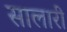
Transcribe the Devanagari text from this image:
सालारी